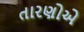
તારણોએ